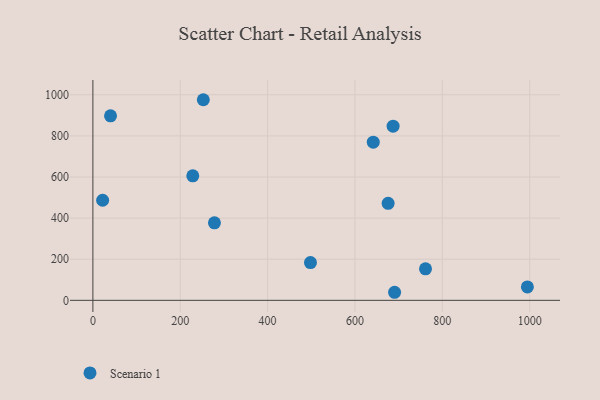
{"axis": {"x": "Distance", "y": "Rating"}, "legend": ["Scenario 1"], "data": [{"x": "40.4", "y": 897.5, "type": "Scenario 1"}, {"x": "252.8", "y": 975.9, "type": "Scenario 1"}, {"x": "690.7", "y": 39.2, "type": "Scenario 1"}, {"x": "278.3", "y": 376.9, "type": "Scenario 1"}, {"x": "687.3", "y": 847.2, "type": "Scenario 1"}, {"x": "675.9", "y": 472.1, "type": "Scenario 1"}, {"x": "498.1", "y": 183.6, "type": "Scenario 1"}, {"x": "761.5", "y": 153.3, "type": "Scenario 1"}, {"x": "641.9", "y": 769.6, "type": "Scenario 1"}, {"x": "22.3", "y": 486.9, "type": "Scenario 1"}, {"x": "994.7", "y": 65.1, "type": "Scenario 1"}, {"x": "228.7", "y": 605.9, "type": "Scenario 1"}]}